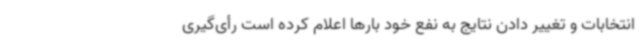
انتخابات و تغییر دادن نتایج به نفع خود بارها اعلام کرده است رأی‌گیری